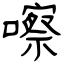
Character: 嚓